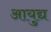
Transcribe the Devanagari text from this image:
आयुद्य